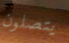
يتصلون